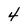
Character: 4